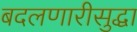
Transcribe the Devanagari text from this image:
बदलणारीसुद्धा